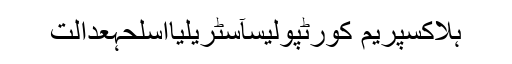
ہلاکسپریم کورٹپولیسآسٹریلیااسلحہعدالت